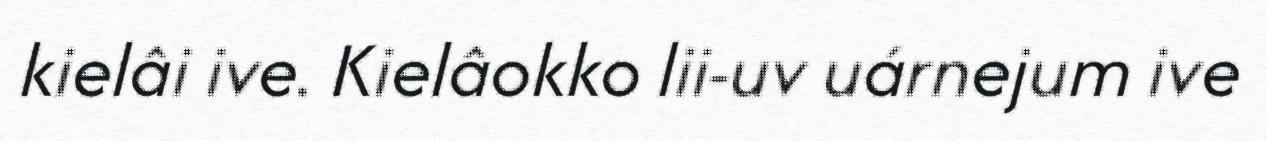
kielâi ive. Kielâokko lii-uv uárnejum ive